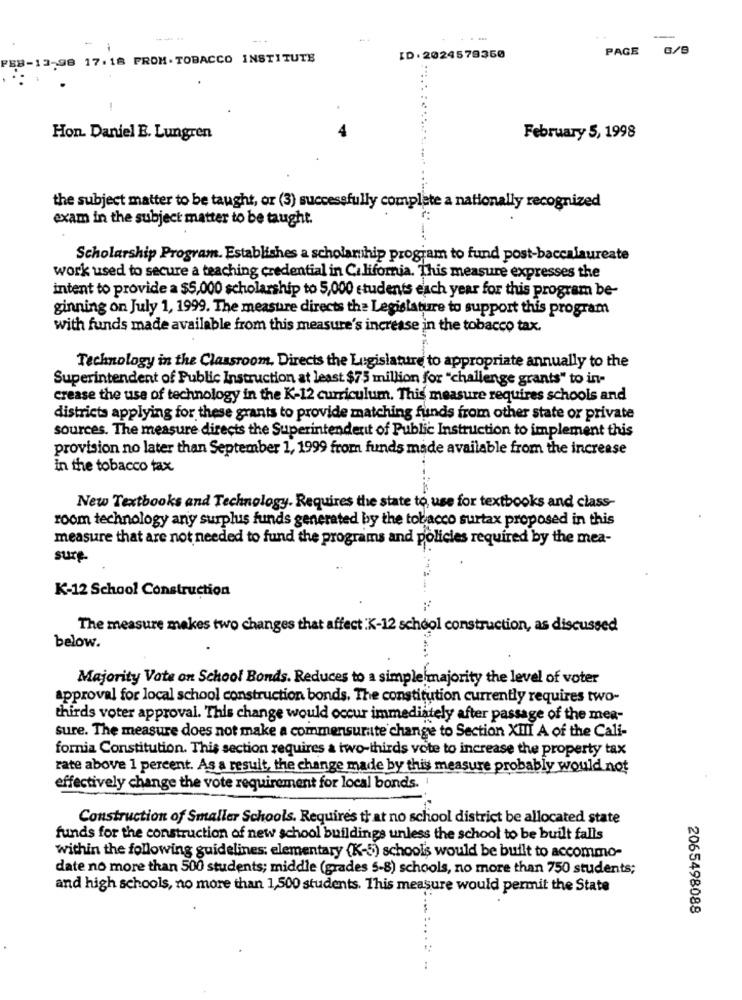
---
-
PAGE G/9
.98 17.18 PROM . TOBACCO INSTITUTE
ID.2024579350
Hon. Daniel E. Lungren
February 5, 1998
the subject matter to be taught, or (3) successfully complete a nationally recognized
exam in the subject matter to be taught.
Scholarship Program. Establishes a scholarship program to fund post-baccalaureate
work used to secure a teaching credential in California. This measure expresses the
intent to provide a $5,000 scholarship to 5,000 students each year for this program be-
ginning on July 1, 1999. The measure directs the Legislature to support this program
with funds made available from this measure's increase in the tobacco tax.
Technology in the Classroom, Direcis the Legislature to appropriate annually to the
Superintendent of Public Instruction at least $75 million for "challenge grants" to in-
crease the use of technology in the K-12 curriculum. This measure requires schools and
districts applying for these grants to provide matching funds from other state or private
sources. The measure directs the Superintenderit of Public Instruction to implement this
provision no later than September 1, 1999 from funds made available from the increase
in the tobacco tax.
New Textbooks and Technology. Requires the state to use for textbooks and class-
room technology any surplus funds generated by the tobacco surtax proposed in this
measure that are not needed to fund the programs and policies required by the mea-
sure
K-12 School Construction
The measure makes two changes that affect K-12 school construction, as discussed.
below.
Majority Vote on School Bonds. Reduces to a simplelmajority the level of voter
approval for local school construction bonds. The constitution currently requires two-
thirds voter approval. This change would occur immediately after passage of the mea-
sure. The measure does not make a commensurate change to Section XIII A of the Cali-
fornia Constitution. This section requires a two-thirds vote to increase the property tax
rate above 1 percent. As a result, the change made by this measure probably would not
effectively change the vote requirement for local bonds. "
Construction of Smaller Schools. Requires that no school district be allocated state
funds for the construction of new school buildings unless the school to be built falls
within the following guidelines: elementary (K-5) schools would be built to accommo-
date no more than 500 students; middle (grades 5-8) schools, no more than 750 students;
and high schools, no more than 1,500 students. This measure would permit the State
2065498088